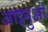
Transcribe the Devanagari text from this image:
आइनुओं